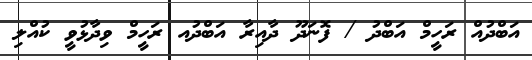
އަބްދުއް ރަހީމް އަބްދު / ފޮނަދޫ ދާއިރާ އަބްދުއ ރަހީމް ވިދާޅުވީ ކުއްލި